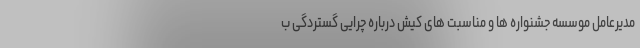
مدیرعامل موسسه جشنواره ها و مناسبت های کیش درباره چرایی گستردگی ب